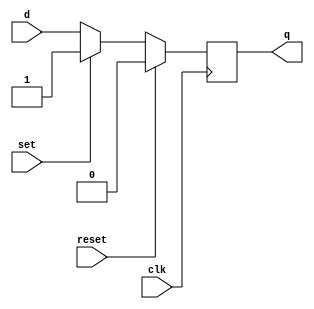
module d_ff_with_reset_set (
    input wire clk,
    input wire reset,
    input wire set,
    input wire d,
    output reg q
);

always @(posedge clk) begin
    if (reset) begin
        q <= 0; // clear output to predefined state
    end else if (set) begin
        q <= 1; // set output to predefined value
    end else begin
        q <= d; // store input data on rising edge of clock
    end
end

endmodule